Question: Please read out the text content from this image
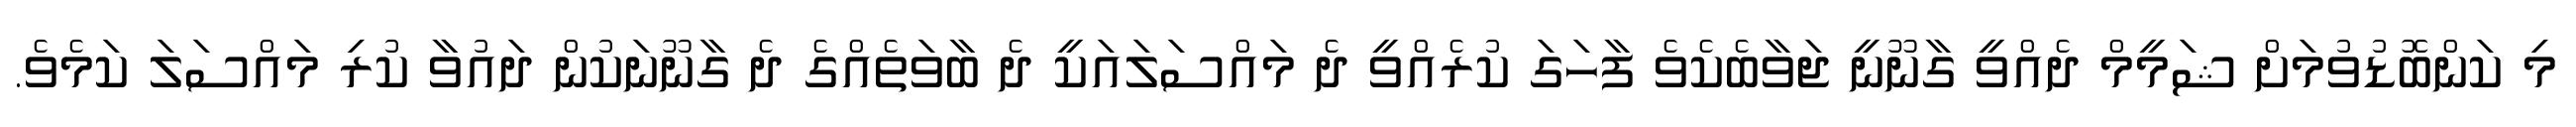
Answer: މި ކަންބޮޑުވުމަށް ޝަމީމް ދެއްވީ ގާނޫނީ ޖަވާބެކެވެ ފާހަގަ ކުރެއްވީ ދެ މައްސަލައަކީ ދެ ބާވަތެއްގެ ދެ ގާނޫނަކުން ދައުވާ ކުރި މައްސަލަ ކަމެވެ.